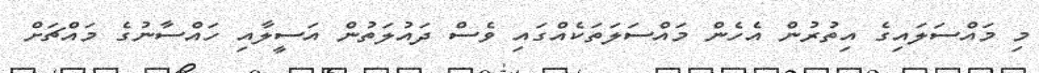
މި މައްސަލައިގެ އިތުރުން އެހެން މައްސަލަތަކެއްގައި ވެސް ދައުލަތުން އަސީލާއި ހައްސާނުގެ މައްޗަށް